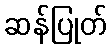
ဆန်ပြုတ်